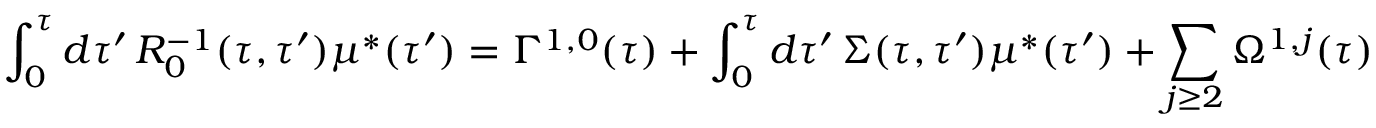
\int _ { 0 } ^ { \tau } d \tau ^ { \prime } \, R _ { 0 } ^ { - 1 } ( \tau , \tau ^ { \prime } ) \mu ^ { * } ( \tau ^ { \prime } ) = \Gamma ^ { 1 , 0 } ( \tau ) + \int _ { 0 } ^ { \tau } d \tau ^ { \prime } \, \Sigma ( \tau , \tau ^ { \prime } ) \mu ^ { * } ( \tau ^ { \prime } ) + \sum _ { j \geq 2 } \Omega ^ { 1 , j } ( \tau )